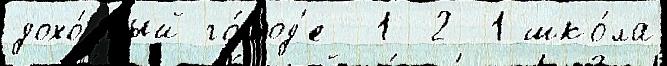
дохо́дный го́род'е --1--2--1 шко́ла